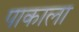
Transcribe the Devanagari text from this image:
पाकाला